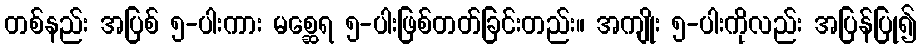
တစ်နည်း အပြစ် ၅-ပါးကား မစ္ဆေရ ၅-ပါးဖြစ်တတ်ခြင်းတည်း။ အကျိုး ၅-ပါးကိုလည်း အပြန်ပြု၍